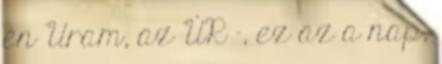
én Uram, az ÚR -, ez az a nap,